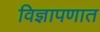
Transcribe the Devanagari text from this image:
विज्ञापणात